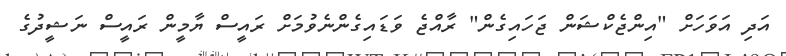
އަދި އަވަހަށް "އިންޖެކްޝަން ޖަހައިގެން" ރާއްޖެ ވަޑައިގެންނެވުމަށް ރައީސް ޔާމީން ރައީސް ނަޝީދުގެ